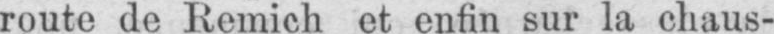
route de Remich et enfin sur la chaus-